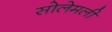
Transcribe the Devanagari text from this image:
सोलेमली